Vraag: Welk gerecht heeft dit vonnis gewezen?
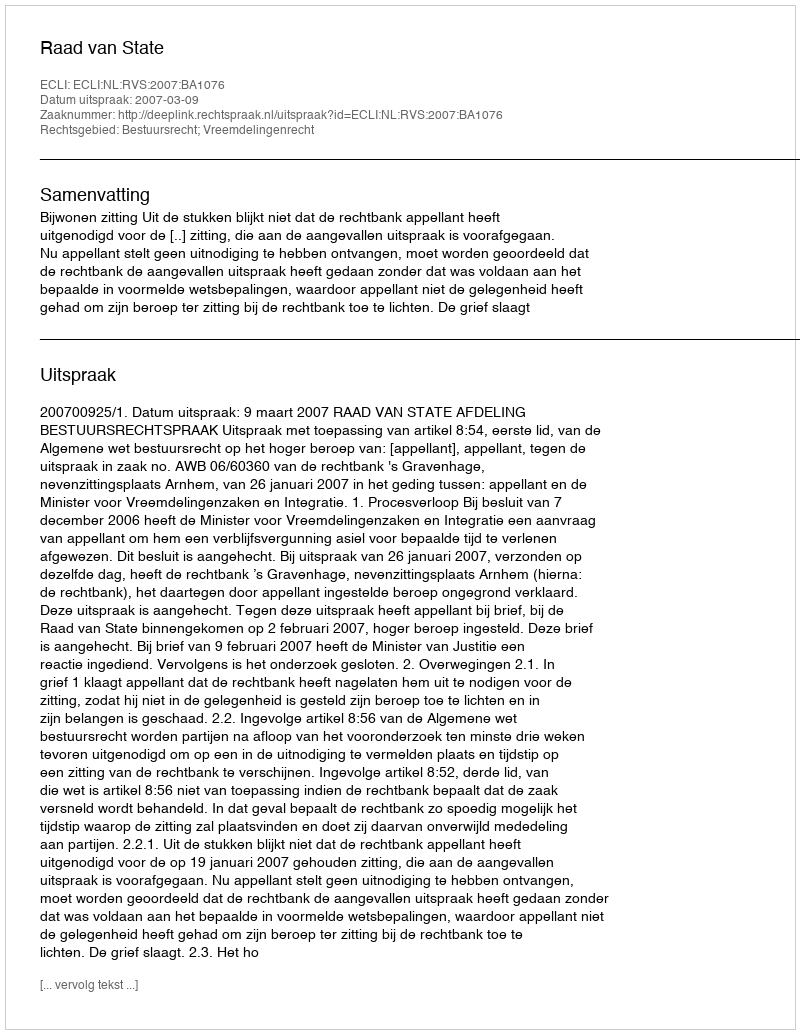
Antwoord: Raad van State